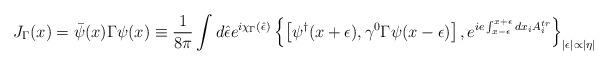
LaTeX: \begin{align*}J_\Gamma(x)=\bar\psi(x)\Gamma\psi(x)\equiv \frac{1}{8\pi}\int d\hat\epsilon e^{i\chi_\Gamma(\hat\epsilon)}\left\{\left[\psi^\dagger(x+\epsilon),\gamma^0\Gamma\psi(x-\epsilon)\right],e^{ie\int_{x-\epsilon}^{x+\epsilon}dx_iA_i^{tr}}\right\}_{|\epsilon|\propto|\eta|}\end{align*}